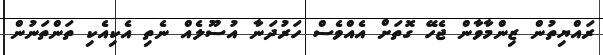
ރައްޔިތުން ޒިންމާވާން ޖެހޭ ގޮތަށް އެއްވެސް ހަރުދަނާ އުސޫލެއް ނެތި އެކިއެކި ތަންތަނުން